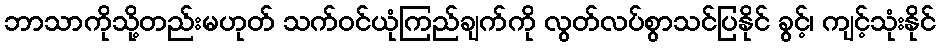
ဘာသာကိုသို့တည်းမဟုတ် သက်ဝင်ယုံကြည်ချက်ကို လွတ်လပ်စွာသင်ပြနိုင် ခွင့်၊ ကျင့်သုံးနိုင်